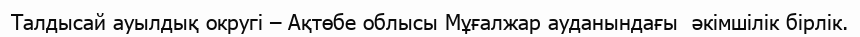
Талдысай ауылдық округі – Ақтөбе облысы Мұғалжар ауданындағы  әкімшілік бірлік.